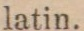
latin.